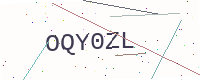
Text: OQY0ZL